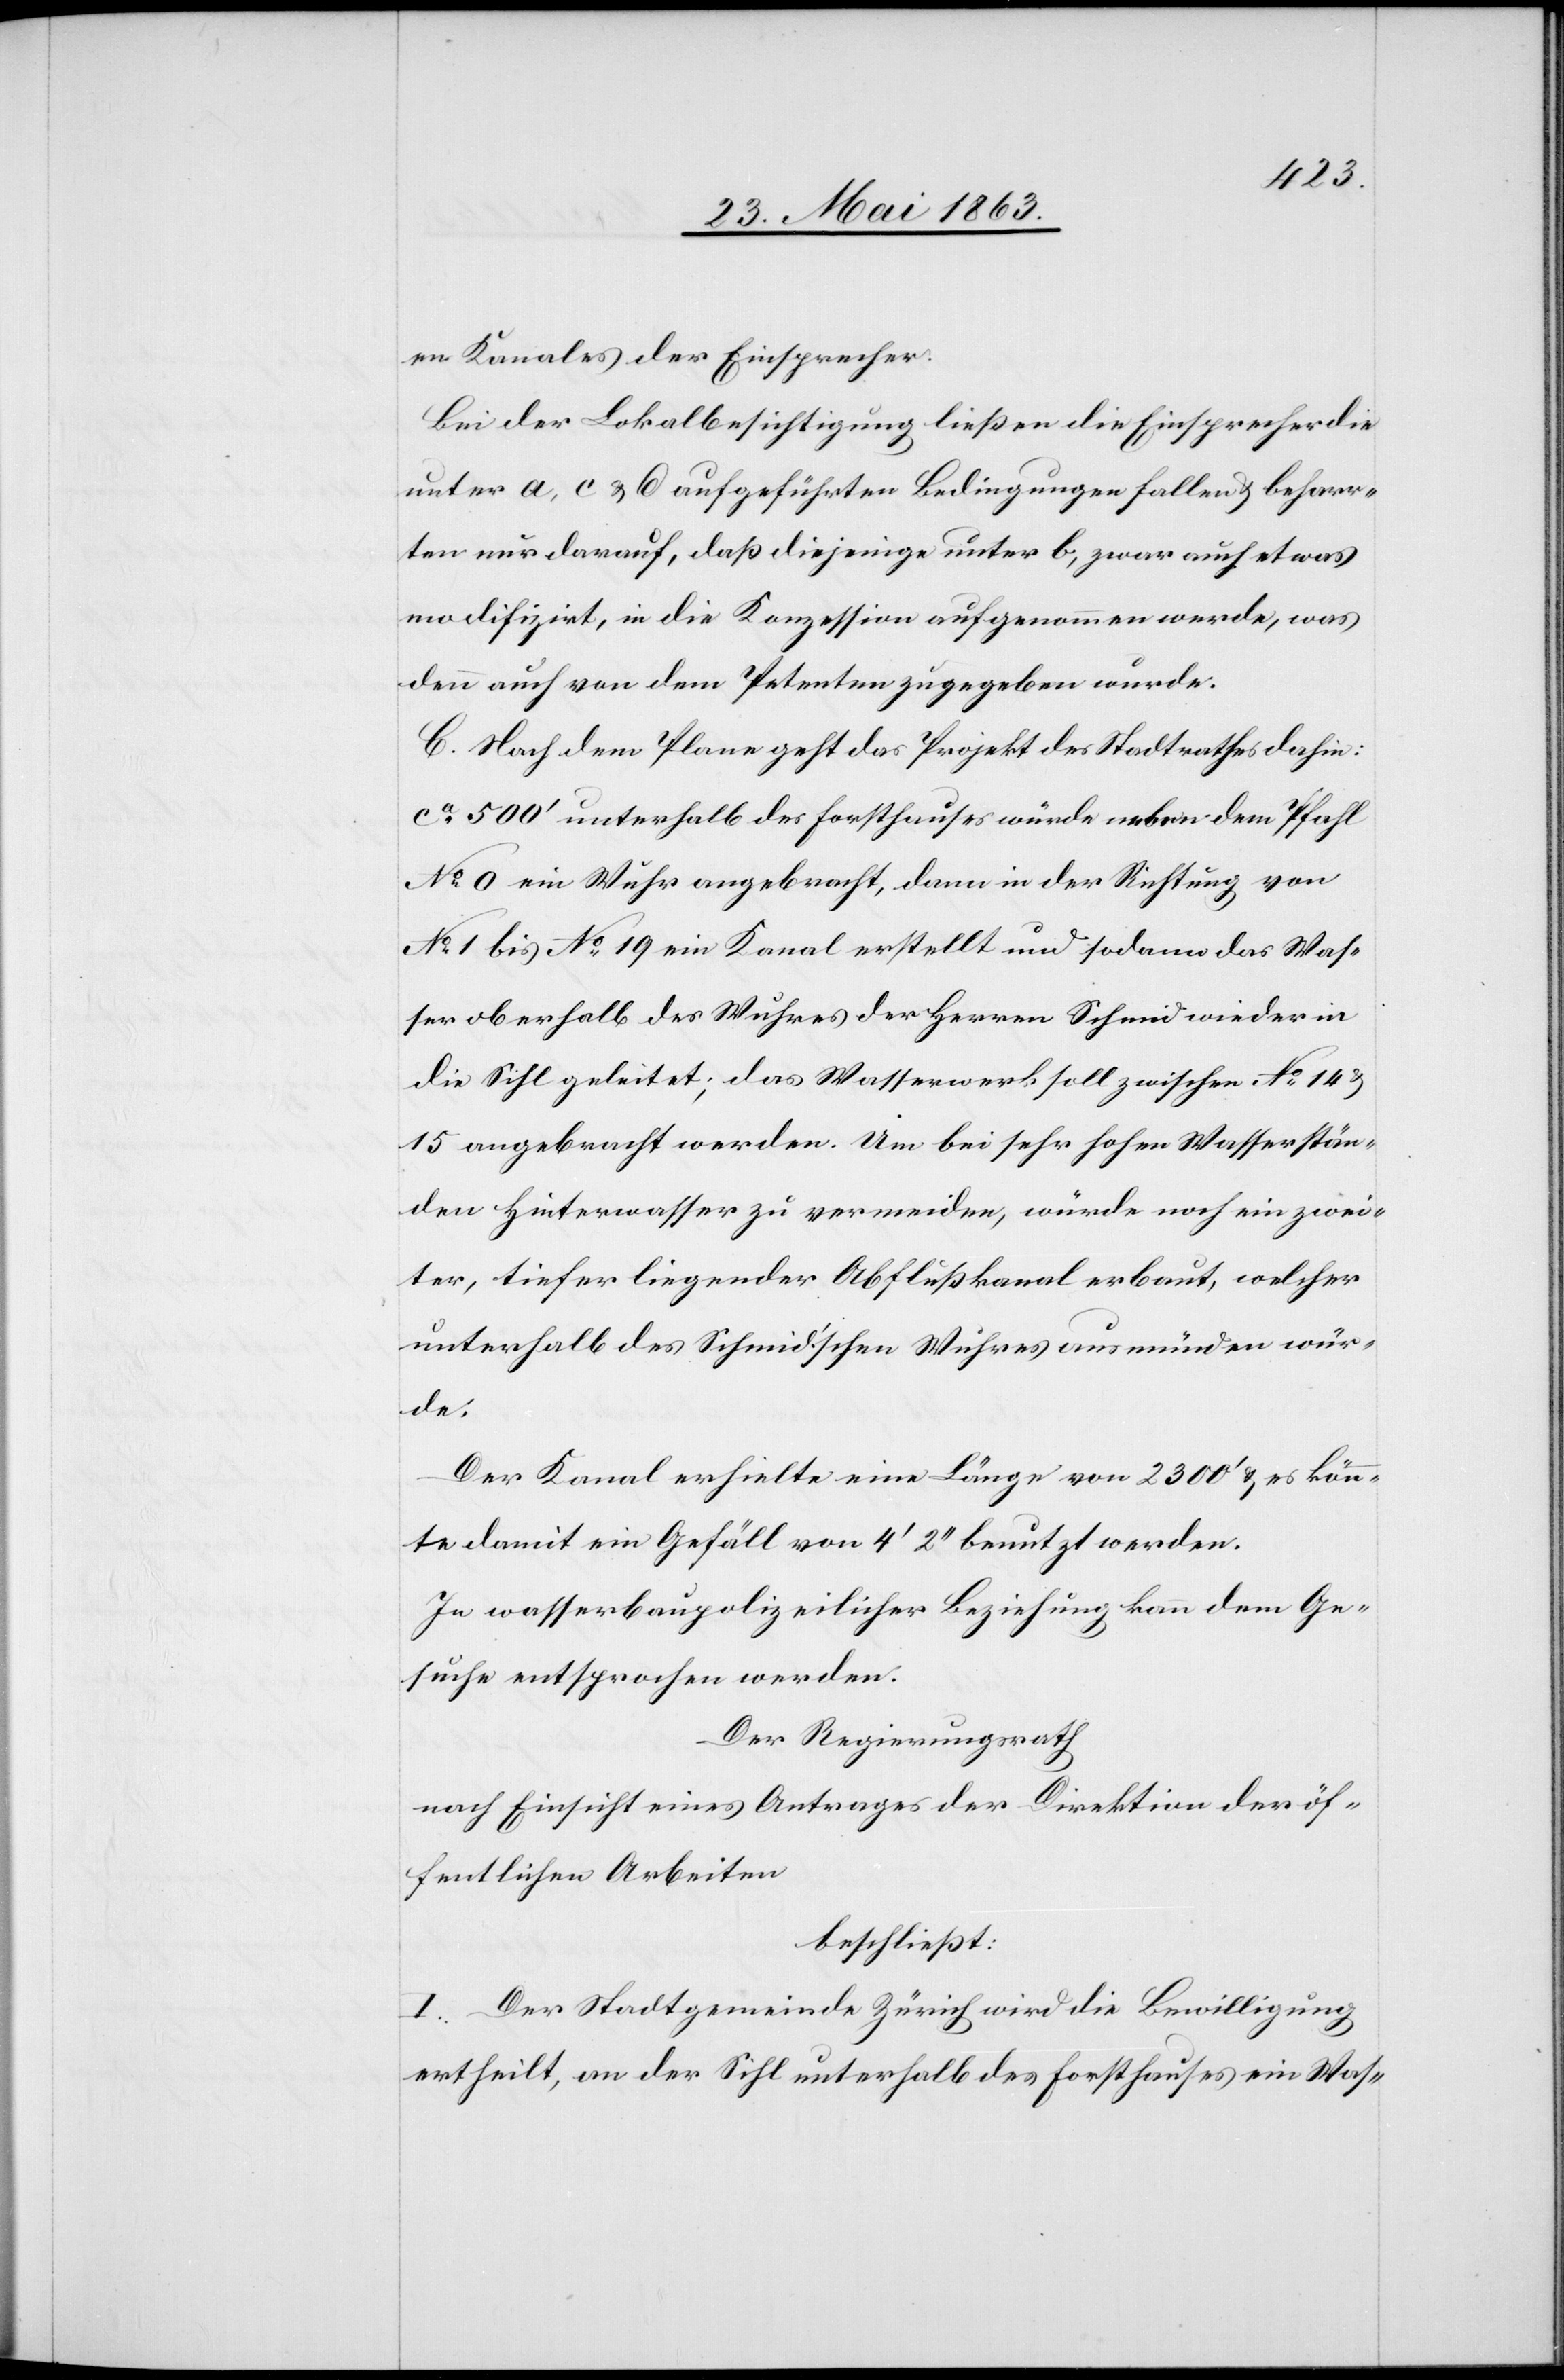
en Kanales der Einsprecher.
Bei der Lokalbesichtigung ließen die Einsprecher die
unter a, c & d aufgeführten Bedingungen fallen & beharr¬
ten nur darauf, daß diejenige unter b, zwar auch etwas
modifizirt, in die Konzession aufgenommen werde, was
denn auch von dem Petenten zugegeben wurde.
C. Nach dem Plane geht das Projekt des Stadtrathes dahin:
ca 500' unterhalb des Forsthauses würde neben dem Pfahl
No 0 ein Wuhr angebracht, dann in der Richtung von
No 1 bis No 19 ein Kanal erstellt und sodann das Was¬
ser oberhalb des Wuhres der Herren Schmid wieder in
die Sihl geleitet; das Wasserwerk soll zwischen No 14
15 angebracht werden. Um bei sehr hohen Wasserstän¬
den Hinterwasser zu vermeiden, würde noch ein zwei¬
ter, tiefer liegender Abflußkanal erbaut, welcher
unterhalb des Schmid'schen Wuhres ausmünden wür¬
de.
Der Kanal erhielte eine Länge von 2300' & es könn¬
te damit ein Gefäll von 4' 2'' benutzt werden.
In wasserbaupolizeilicher Beziehung kann dem Ge¬
suche entsprochen werden.
Der Regierungsrath
Nach Einsicht eines Antrages der Direktion der öf¬
fentlichen Arbeiten
beschließt:
I. Der Stadtgemeinde Zürich wird die Bewilligung
ertheilt, an der Sihl unterhalb des Forsthauses ein Was-